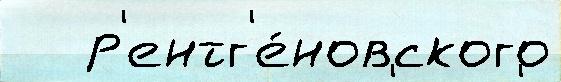
   р'ентг'е́новского